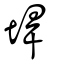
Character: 垾